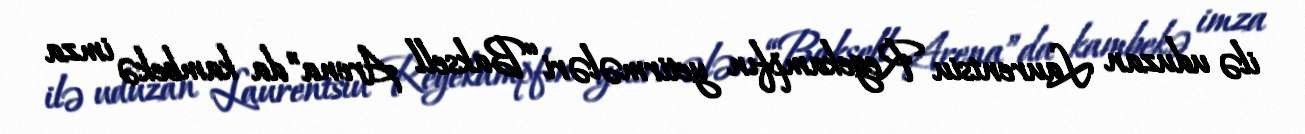
ilə uduzan Laurentsiu Regekampfın yetirmələri “Baksell Arena”da kambekə imza